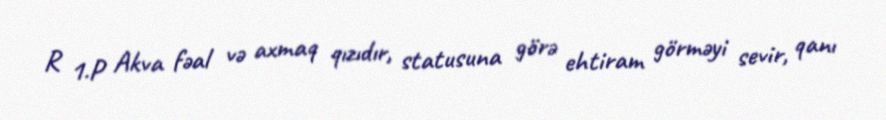
R 1.P Akva fəal və axmaq qızıdır, statusuna görə ehtiram görməyi sevir, qanı